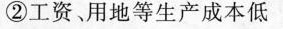
②工资、用地等生产成本低